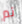
ثم